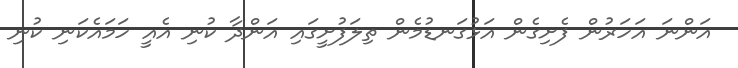
އަންނަ އަހަރުން ފެށިގެން އަޅުގަނޑުމެން ތިލަފުށީގައި އަންދާ ކުނި އެއީ ހަމައެކަނި ކުނި